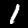
Digit: 1